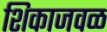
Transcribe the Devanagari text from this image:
शिकाजवळ